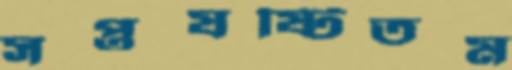
সপ্তষষ্টিতম